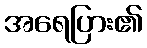
အရေပြား၏